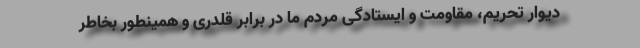
دیوار تحریم، مقاومت و ایستادگی مردم ما در برابر قلدری و همینطور بخاطر